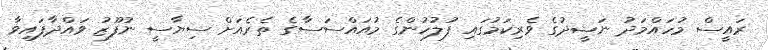
ރައީސް މުހައްމަދު ނަޝީދުގެ ވެރިކަމުގައި ފުލުހުންގެ މުއައްސަސާގެ ތެރެއަށް ސިޔާސީ ނުފޫޒު ވައްދާފައިވާ